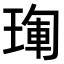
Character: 𤦳